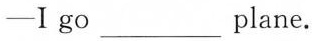
-Ⅰgo_________plane.